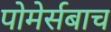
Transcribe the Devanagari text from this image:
पोमेर्सबाच